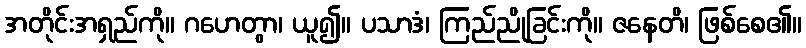
အတိုင်းအရှည်ကို။ ဂဟေတွာ၊ ယူ၍။ ပသာဒံ၊ ကြည်ညိုခြင်းကို။ ဇနေတိ၊ ဖြစ်စေ၏။